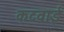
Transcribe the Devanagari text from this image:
कटवाई